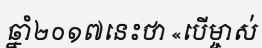
ឆ្នាំ២០១៧នេះថា «បើម្ចាស់